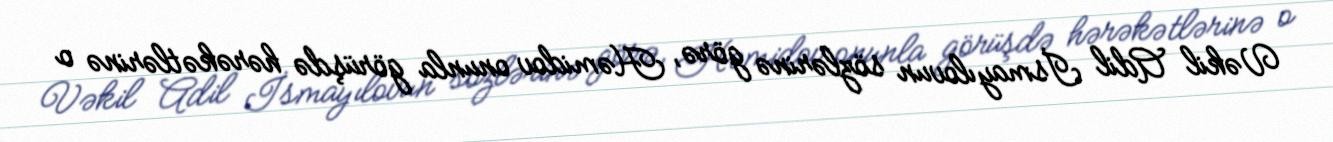
Vəkil Adil İsmayılovun sözlərinə görə, Həmidov onunla görüşdə hərəkətlərinə o